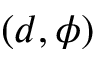
( d , \phi )